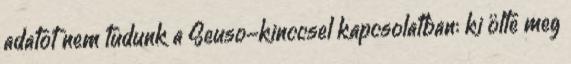
adatot nem tudunk a Seuso-kinccsel kapcsolatban: ki ölte meg